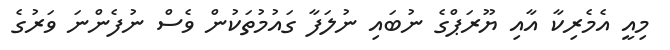
މިއީ އެމެރިކާ އާއި ޔޫރަޕްގެ ނުބައި ނުލަފާ ގައުމުތަކުން ވެސް ނުފެންނަ ވަރުގެ